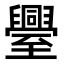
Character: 𮍤